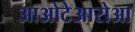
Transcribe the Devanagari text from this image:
आओटेआरोआ